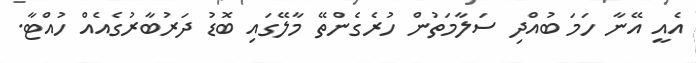
އެއީ އޭނާ ހަމަ ބުއްދި ސަލާމަތުން ހުރެގެންތޭ މާލޭގައި ބޮޑު ދަރުބާރުގެއެއް ހުއްޓާ.